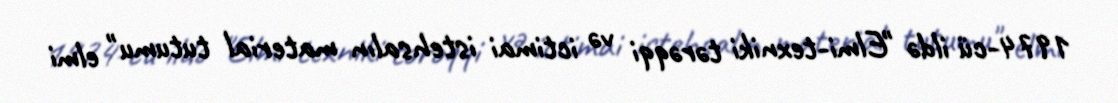
1974-cü ildə "Elmi-texniki tərəqqi və ictimai istehsalın material tutumu" elmi